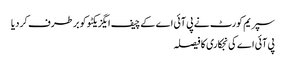
سپریم کورٹ نے پی آئی اے کے چیف ایگزیکٹو کو برطرف کر دیا
پی آئی اے کی نجکاری کا فیصلہ